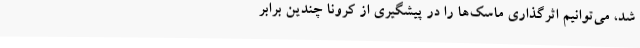
شد، می‌توانیم اثرگذاری ماسک‌ها را در پیشگیری از کرونا چندین برابر